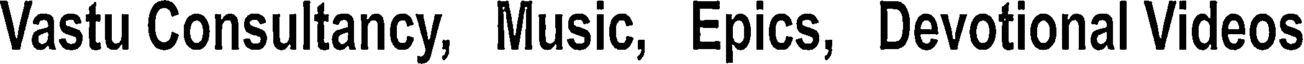
Vastu Consultancy, Music, Epics, Devotional Videos